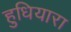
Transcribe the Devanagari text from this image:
हुधियारा